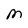
Character: M